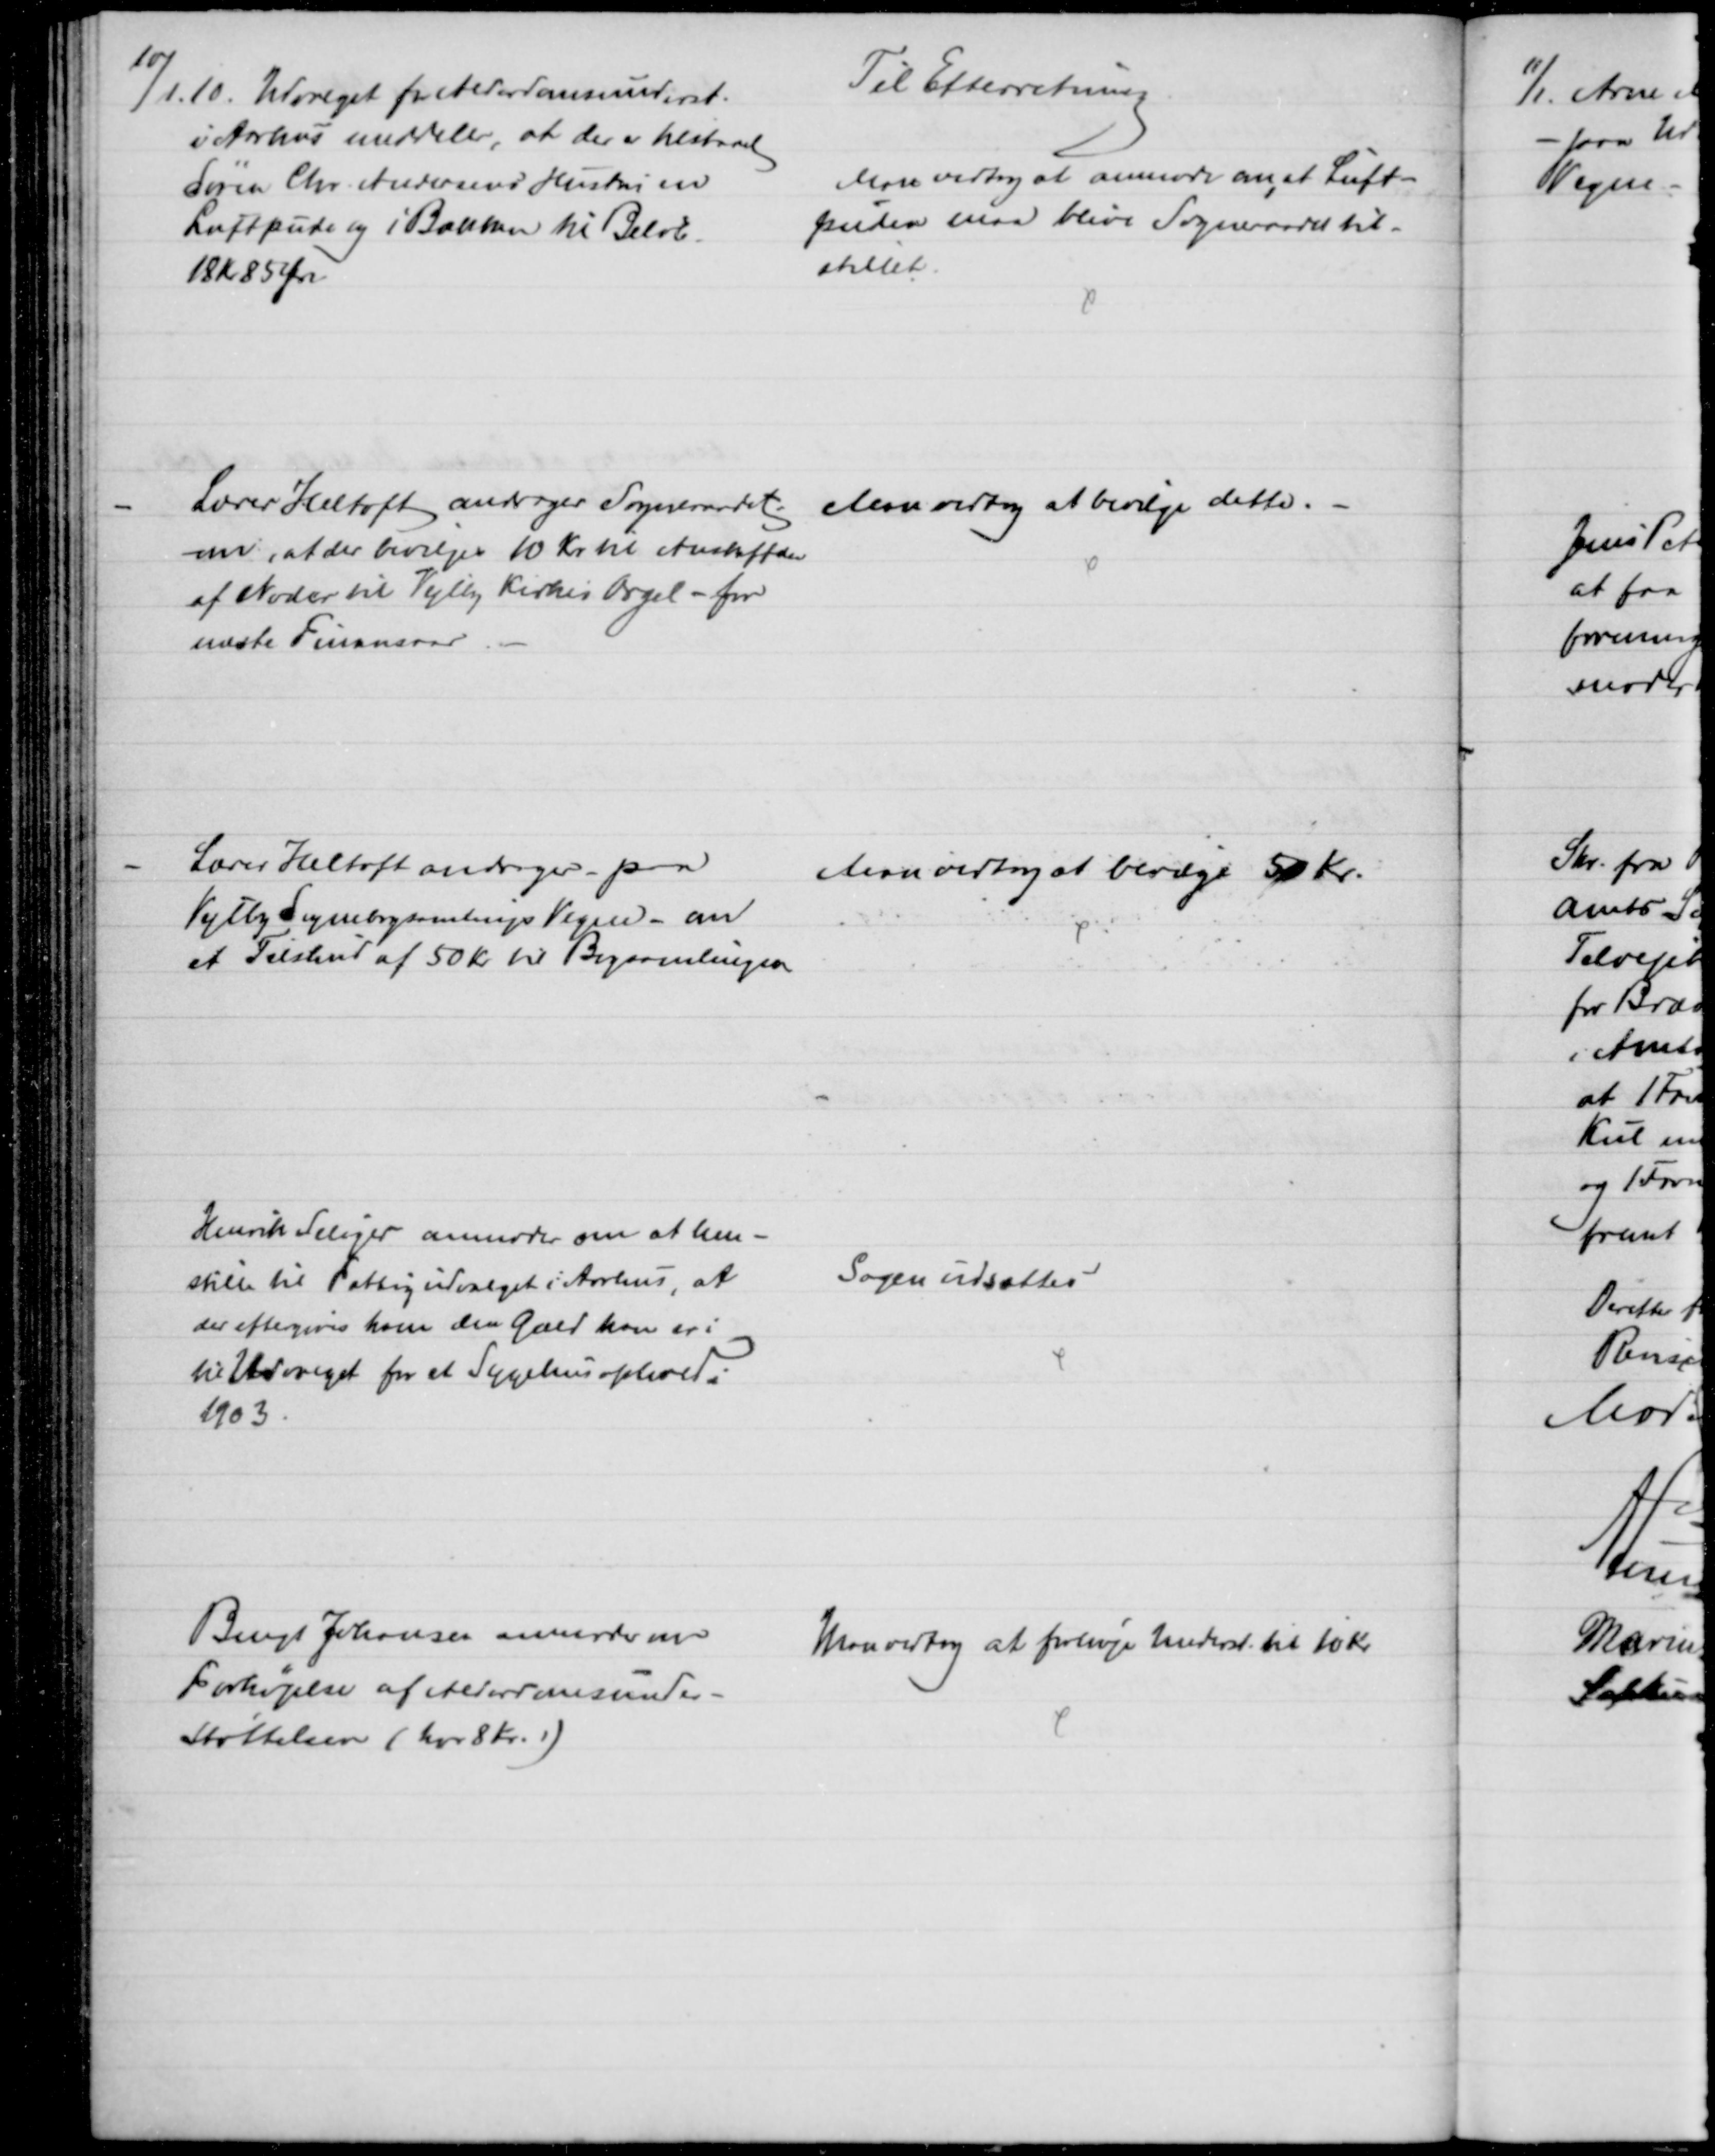
Transskription:
10/1 10. Udvalget for Alderdomsunderst.
i Aarhus meddeler at der er tilstaaet
Søren Chr. Andersens Hustru en
Luftpude og i Banken til Beløb.
18 Kr 85 Øre
Til Efterretning
Man vedtog at anmode om, at Luft-
puden maa blive Sogneraadet til-
stillet.
Lærer Heltoft andrager Sogneraadet
om, at der bevilges 10 Kr. til Anskaffelse
af Noder til Vejlby Kirkes Orgel - for
næste Finansaar
Man vedtog at bevilge dette.
Lærer Heltoft andrager paa
Vejlby Sognebogsamlings Vegne - om
et Tilskud af 50 Kr. til Bogsamlingen
Man vedtog at bevilge 50 Kr.
Henrik Seliger anmoder om at hen-
stille til Fattigudvalget i Aarhus, at
der eftergives ham den Gæld han er i
til Udvalget for et Sygehusophold i
1903.
Sagen udsættes
Bengt Johansen anmoder om
Forhøjelse af Alderdomsunder-
Støttelsen (har 8 Kr.)
Man vedtog at forhøje Underst. til 10 Kr